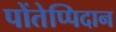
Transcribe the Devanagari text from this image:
पोंतेप्पिदान